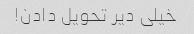
خیلی دیر تحویل دادن!